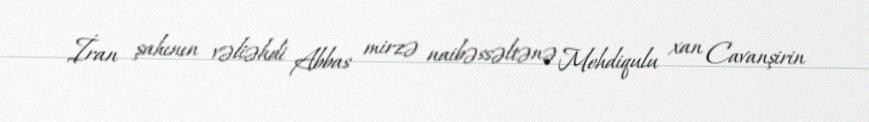
İran şahının vəliəhdi Abbas mirzə naibəssəltənə Mehdiqulu xan Cavanşirin